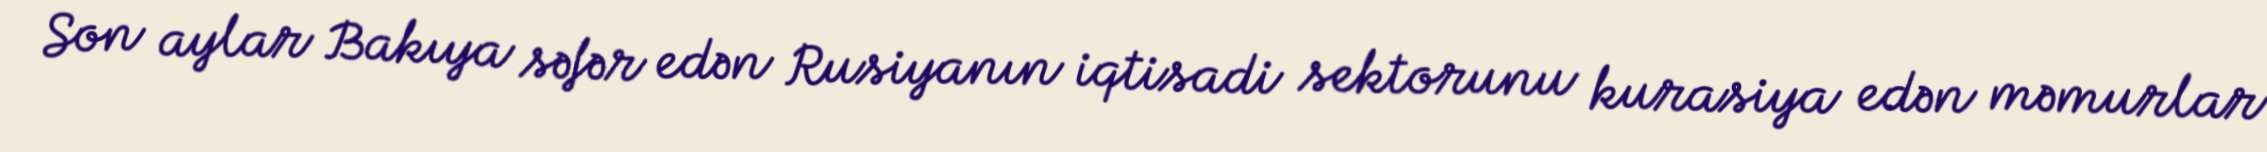
Son aylar Bakıya səfər edən Rusiyanın iqtisadi sektorunu kurasiya edən məmurlar